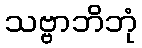
သဗ္ဗာဘိဘုံ